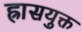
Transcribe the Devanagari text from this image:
ह्रासयुक्त